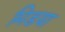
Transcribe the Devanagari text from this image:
मिडया